Indian journal of veterinary science and animal husbandry - Volumes 28-29, 1958-1959
Year: 1958
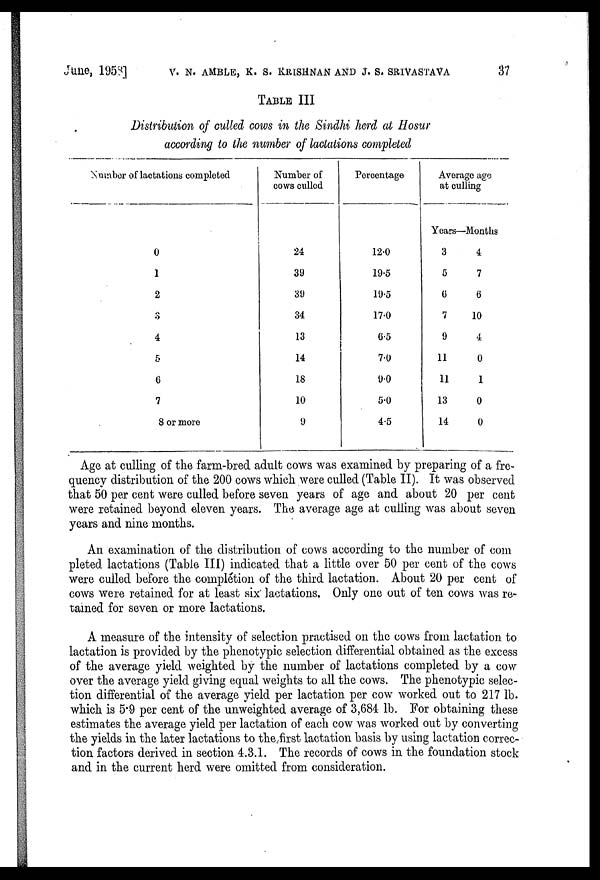
June, 1958] V. N. AMBLE, K. S. KRISHNAN AND J. S. SRIVASTAVA 37
TABLE III
Distribution of culled cows in the Sindhi herd at Hosur
according to the number of lactations completed
Number of lactations completed
0
1
2
3
4
5
6
7
8 or more
Number of
cows culled
24
39
39
34
13
14
18
10
9
Percentage
12.0
19.5
19.5
17.0
6.5
7.0
9.0
5.0
4.5
Average age
at culling
Years—Months
3
4
5
7
6
6
7
10
9
4
11
0
11
1
13
0
14
0
Age at culling of the farm-bred adult cows was examined by preparing of a fre-
quency distribution of the 200 cows which were culled (Table II). It was observed
that 50 per cent were culled before seven years of age and about 20 per cent
were retained beyond eleven years. The average age at culling was about seven
years and nine months.
An examination of the distribution of cows according to the number of com
pleted lactations (Table III) indicated that a little over 50 per cent of the cows
were culled before the completion of the third lactation. About 20 per cent of
cows were retained for at least six lactations. Only one out of ten cows was re-
tained for seven or more lactations.
A measure of the intensity of selection practised on the cows from lactation to
lactation is provided by the phenotypic selection differential obtained as the excess
of the average yield weighted by the number of lactations completed by a cow
over the average yield giving equal weights to all the cows. The phenotypic selec-
tion differential of the average yield per lactation per cow worked out to 217 lb.
which is 5.9 per cent of the unweighted average of 3,684 lb. For obtaining these
estimates the average yield per lactation of each cow was worked out by converting
the yields in the later lactations to the first lactation basis by using lactation correc-
tion factors derived in section 4.3.1. The records of cows in the foundation stock
and in the current herd were omitted from consideration.